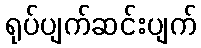
ရုပ်ပျက်ဆင်းပျက်